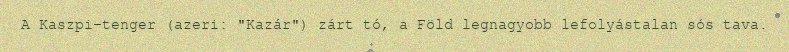
A Kaszpi-tenger (azeri: "Kazár") zárt tó, a Föld legnagyobb lefolyástalan sós tava.